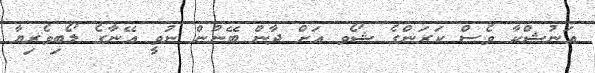
އަނުޝްކާ ވެސް ކަރަންގެ ޝޯވ އަށް ދާން ބޭނުން ނުވީ އޭނާގެ ލޯބިވެރިޔާ